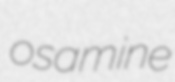
osamine